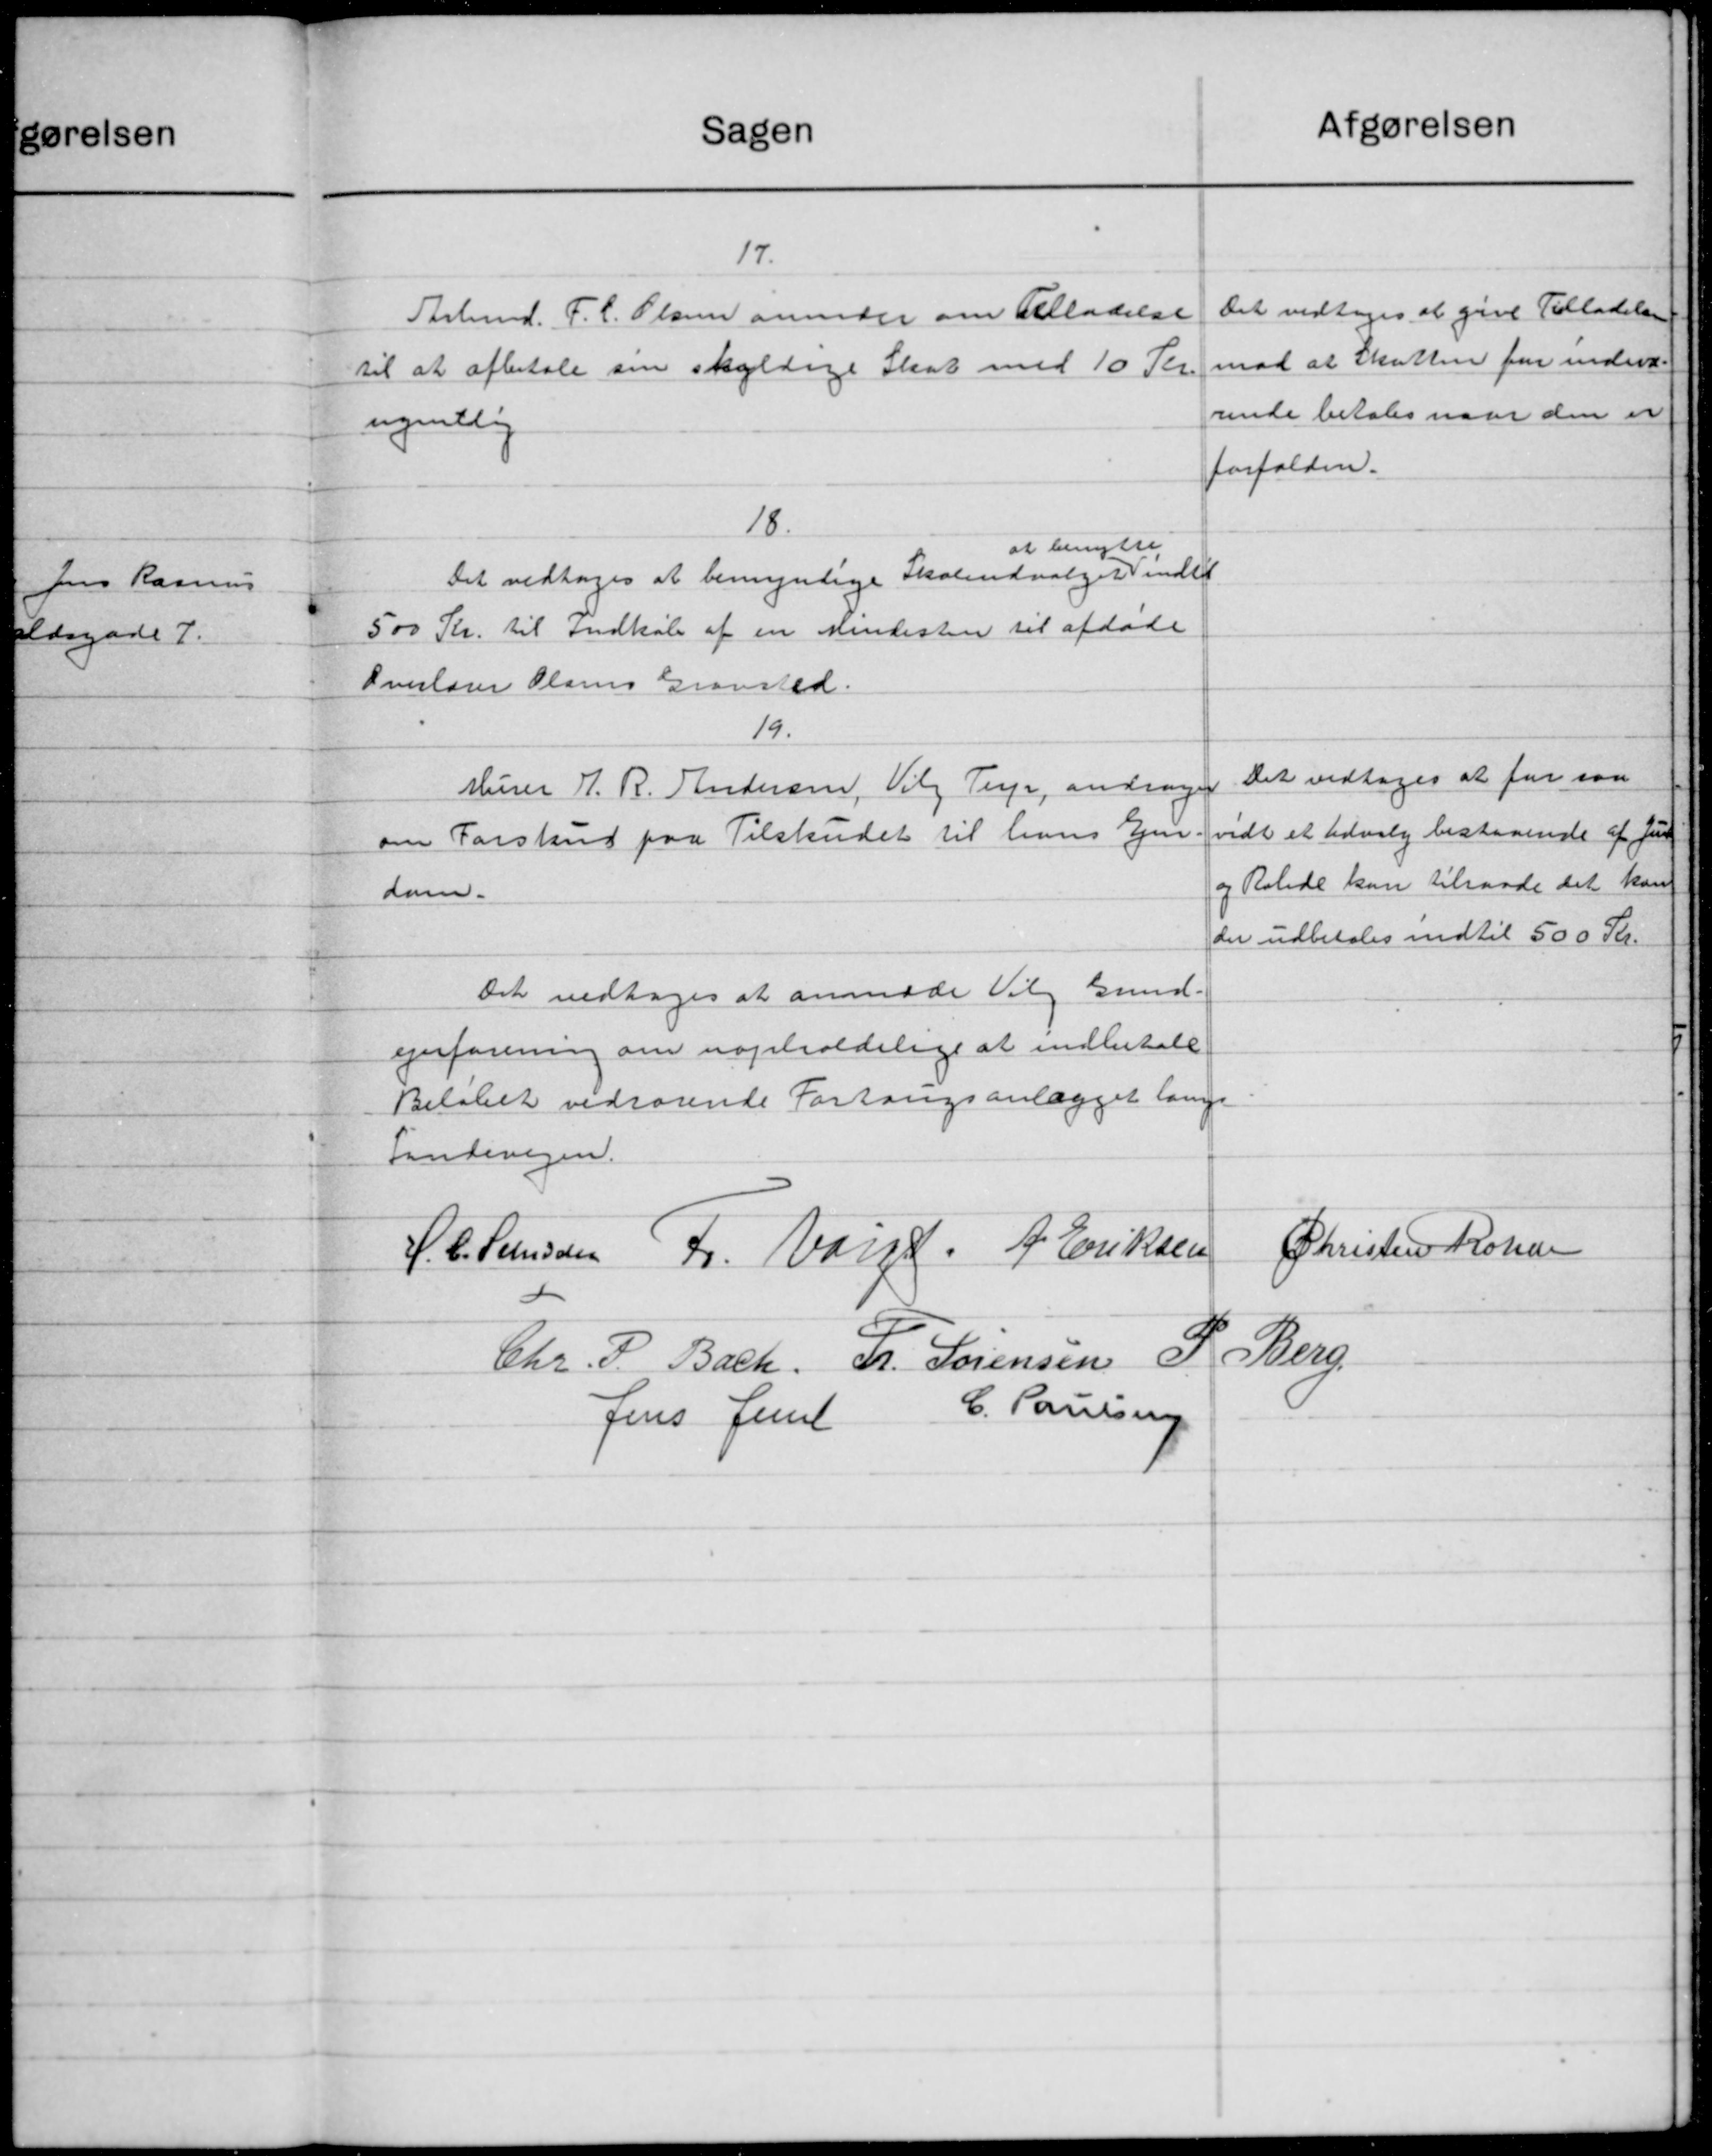
Transskription:
Sagen
17.
Arbmd. F. C. Olsen anmoder om Tilladelse
til at afbetale sin skyldige Skat med 10 Kr
ugentlig
18.
at benytte
Det vedtoges at bemynlige Skoleudvalget indet
500 Kr. til Indkøb af en mindesten til afdøde
Overlærer Olsens Gravsted.
19.
Murer J. R. Andersen, Vilg Terp, andrager
om Forskud paa Tilskudet til hans Ejen-
dam.
Det vedtoges at anmode Valg Gund-
ejerforening om uopholdelige at indbetale
Beløbet vedrørende Forlangsanlægget lange
Landevejen.
H. C. Schrøder Fr. Varde. A. Eriksen
Chr. P. Bach. Fr. Sørensen 3
Jens Jense C. Laursen